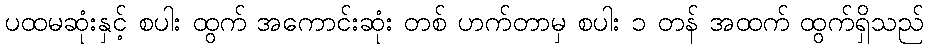
ပထမဆုံးနှင့် စပါး ထွက် အကောင်းဆုံး တစ် ဟက်တာမှ စပါး ၁ တန် အထက် ထွက်ရှိသည်